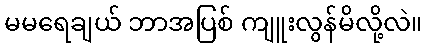
မမရေချယ် ဘာအပြစ် ကျူးလွန်မိလို့လဲ။